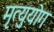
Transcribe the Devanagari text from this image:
मृत्युयोग